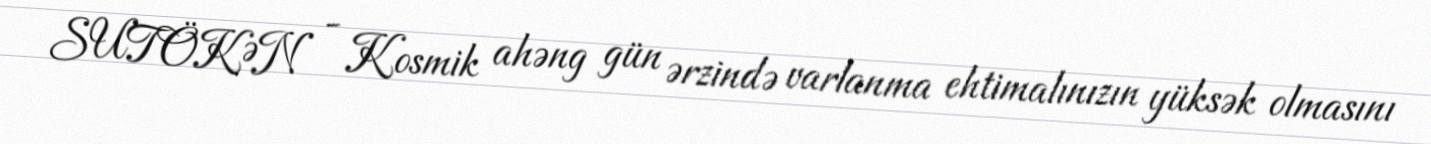
SUTÖKƏN - Kosmik ahəng gün ərzində varlanma ehtimalınızın yüksək olmasını